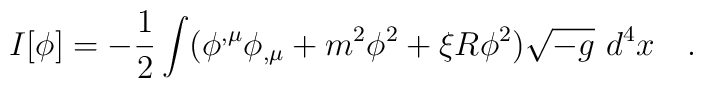
I[\phi]=-\frac 12\int(\phi^{,\mu}\phi_{,\mu}+m^2\phi^2+\xi R\phi^2)\sqrt{-g}~d^4x~~~.